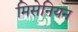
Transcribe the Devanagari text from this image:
मिसेनियन